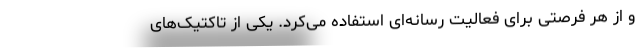
و از هر فرصتی برای فعالیت رسانه‌ای استفاده می‌کرد. یکی از تاکتیک‌های